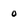
Character: o